Lunatic asylums Burma 1907-21 - 1907-1921
Year: 1907
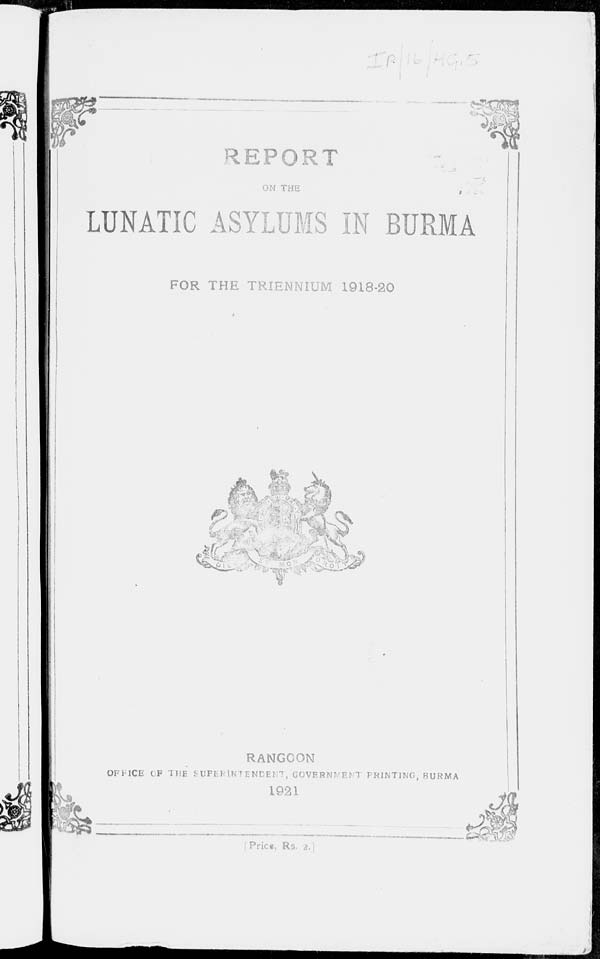
REPORT
ON THE
LUNATIC ASYLUMS IN BURMA
FOR THE TRIENNIUM 1918-20
RANGOON
OFFICE OF THE SUPERINTENDENT, GOVERNMENT PRINTING, BURMA
1921
[ Price, Rs. 2.]